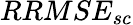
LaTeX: RRMSE_{sc}